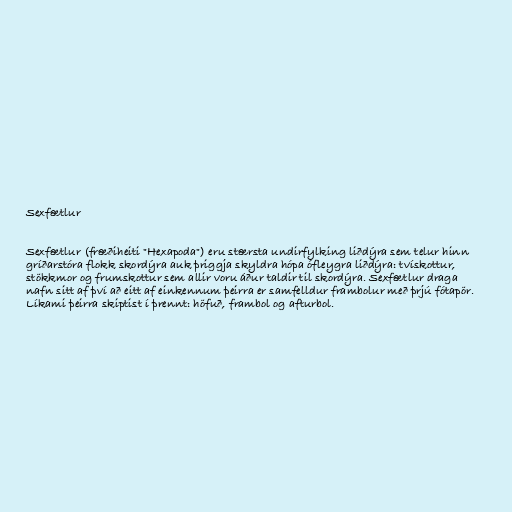
Sexfætlur

Sexfætlur (fræðiheiti "Hexapoda") eru stærsta undirfylking liðdýra sem telur hinn
gríðarstóra flokk skordýra auk þriggja skyldra hópa ófleygra liðdýra: tvískottur,
stökkmor og frumskottur sem allir voru áður taldir til skordýra. Sexfætlur draga
nafn sitt af því að eitt af einkennum þeirra er samfelldur frambolur með þrjú fótapör.
Líkami þeirra skiptist í þrennt: höfuð, frambol og afturbol.